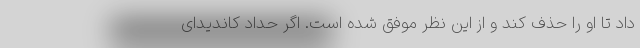
داد تا او را حذف کند و از این نظر موفق شده است. اگر حداد کاندیدای